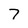
Character: 7